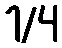
1/4